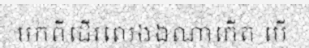
មកពីដើរលេងឯណាកើត បើ